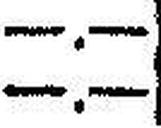
—.—